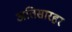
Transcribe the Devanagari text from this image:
अतिसारहर